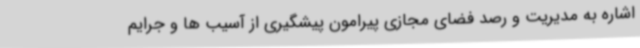
اشاره به مدیریت و رصد فضای مجازی پیرامون پیشگیری از آسیب ها و جرایم